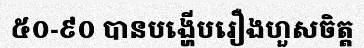
៥០-៩០ បានបង្ហើបរឿងហួសចិត្ត